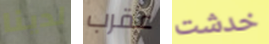
لدينا عقرب خدشت